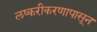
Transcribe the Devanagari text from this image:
लष्करीकरणापासून